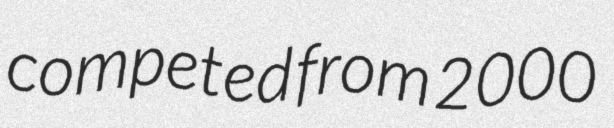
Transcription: competed from 2000